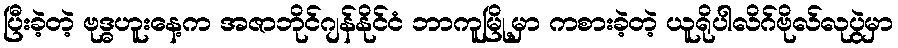
ပြီးခဲ့တဲ့ ဗုဒ္ဓဟူးနေ့က အဇာဘိုင်ဂျန်နိုင်ငံ ဘာကူမြို့မှာ ကစားခဲ့တဲ့ ယူရိုပါလိဂ်ဗိုလ်လုပွဲမှာ